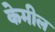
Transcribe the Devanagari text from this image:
केमील